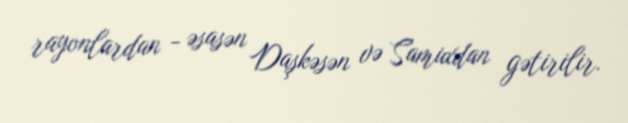
rayonlardan - əsasən Daşkəsən və Samuxdan gətirilir.